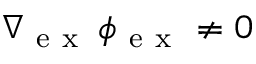
\nabla { } _ { \mathrm { ~ e ~ x ~ } } \, \boldsymbol \phi { } _ { \mathrm { ~ e ~ x ~ } } ^ { } \neq 0